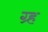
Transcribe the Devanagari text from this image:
ग्र्ह